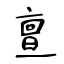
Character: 亶